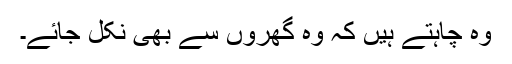
وہ چاہتے ہیں کہ وہ گھروں سے بھی نکل جائے۔